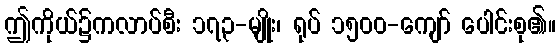
ဤကိုယ်၌ကလာပ်စီး ၁၇၃-မျိုး၊ ရုပ် ၁၅၀၀-ကျော် ပေါင်းစု၏။